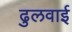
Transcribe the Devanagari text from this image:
ढुलवाई